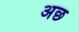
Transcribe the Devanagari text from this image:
अछ